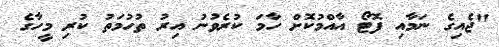
"ޖެއިގެ ނަމާއި ފޮޓޯ އާއްމުކޮށް ހާމަ ކުރެވުނު އިރު ތުހުމަތު ކުރި މީހާގެ